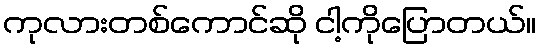
ကုလားတစ်ကောင်ဆို ငါ့ကိုပြောတယ်။